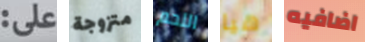
على: متزوجة اللحم هيا اضافيه